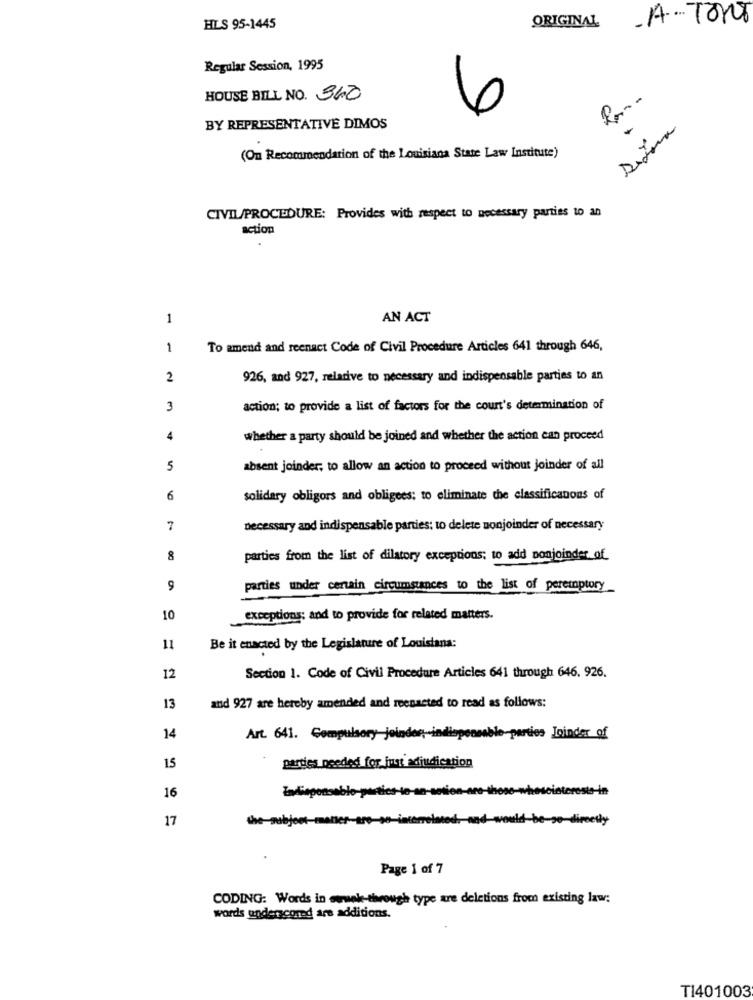
.A.Tons
HILS 95-1445
ORIGINAL
Regular Session, 1995
HOUSE BILL NO. 340
6
BY REPRESENTATIVE DIMOS
(On Recommendation of the Louisiana State Law Institute)
CIVIL/PROCEDURE: Provides with respect to necessary parties to an
action
1
AN ACT
1
To amend and reenact Code of Civil Procedure Articles 641 through 646,
2
926, and 927, relative to necessary and indispensable parties to an
3
action; to provide a list of factors for the court's determination of
4
whether a party should be joined and whether the action can proceed
5
absent joinder; to allow an action to proceed without joinder of all
6
solidary obligors and obligees; to eliminate the classificanons of
7
necessary and indispensable parties: to delete nonjoinder of necessary
8
parties from the list of dilatory exceptions; to add ponjoinder_of_
9
parties under certain circumstances to the list of peremptory
10
exceptions; and to provide for related matters.
11
Be it enacted by the Legislature of Louisiana:
12
Section 1. Code of Civil Procedure Articles 641 through 646. 926.
13
and 927 are hereby amended and reenacted to read as follows:
14
Art. 641. Compulsory jeinden, ind
able-parties Joinder of
15
parties needed for just adjudication
16
17
the subject-
Baner
etly
Page 1 of 7
CODING: Words in wwwnk-through type are deletions from existing law:
words underscored are additions.
T1401003